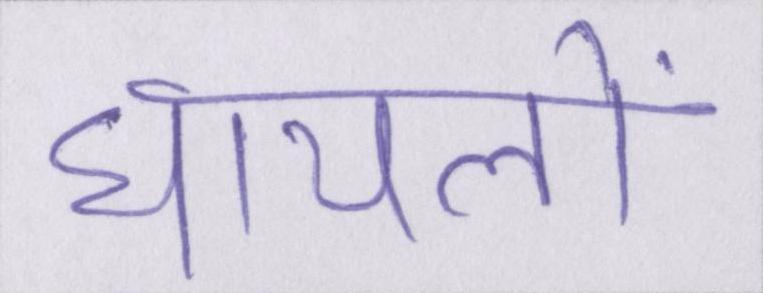
घायलों